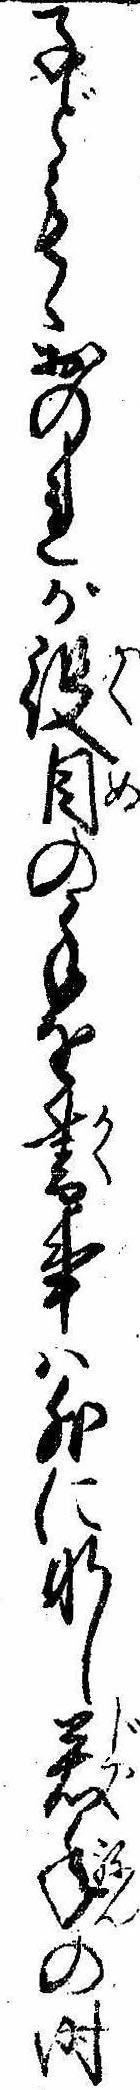
子どもゝおのれが役目の手を書事は外になし若年の時